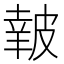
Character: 𥀀